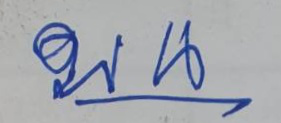
บน